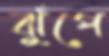
ঝুঁপে